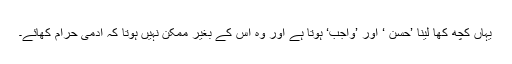
یہاں کچھ کھا لینا ’حَسن ‘ اور ’واجب‘ ہوتا ہے اور وہ اس کے بغیر ممکن نہیں ہوتا کہ آدمی حرام کھائے۔